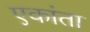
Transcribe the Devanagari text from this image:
एकांता